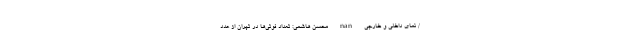
/ نمای داخلی و خارجی nan محسن هاشمی: تعداد فوتی‌ها در تهران از عدد